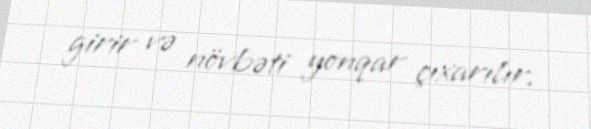
girir və növbəti yonqar çıxarılır.